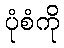
ပုံစံကို